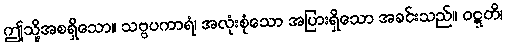
ဤသို့အစရှိသော။ သဗ္ဗပကာရံ၊ အလုံးစုံသော အပြားရှိသော အခင်းသည်။ ဝဋ္ဋတိ၊